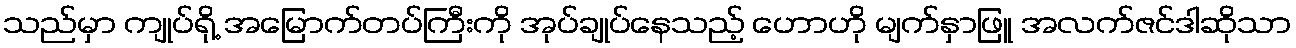
သည်မှာ ကျုပ်ရို့ အမြောက်တပ်ကြီးကို အုပ်ချုပ်နေသည့် ဟောဟို မျက်နှာဖြူ အလက်ဇင်ဒါဆိုသာ